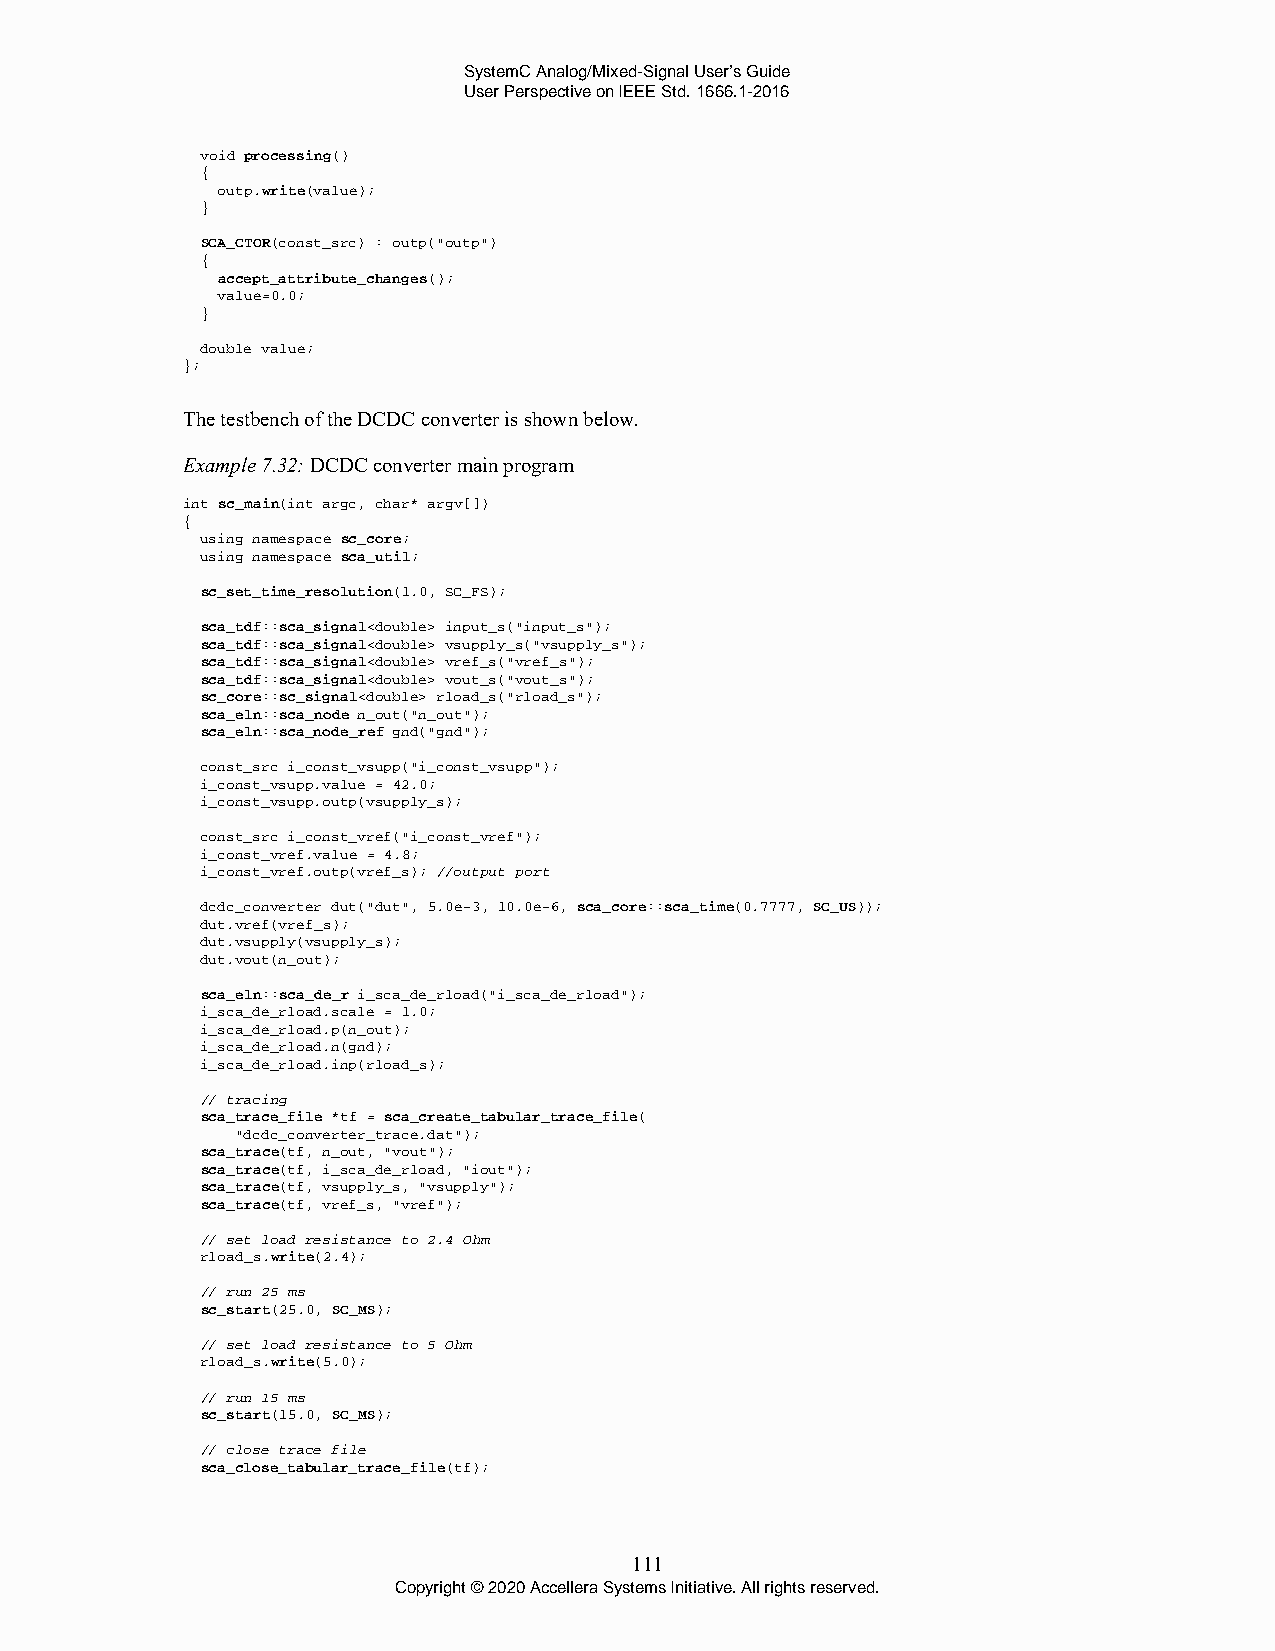
SystemC Analog/Mixed-Signal User’s Guide
 User Perspective on IEEE Std. 1666.1-2016
 void processing()
 {
 outp.write(value);
 }
 SCA_CTOR(const_src) : outp("outp")
 {
 accept_attribute_changes();
 value=0.0;
 }
 double value;
 };
 The testbench of the DCDC converter is shown below.
 Example 7.32: DCDC converter main program
 int sc_main(int argc, char* argv[])
 {
 using namespace sc_core;
 using namespace sca_util;
 sc_set_time_resolution(1.0, SC_FS);
 sca_tdf::sca_signal<double> input_s("input_s");
 sca_tdf::sca_signal<double> vsupply_s("vsupply_s");
 sca_tdf::sca_signal<double> vref_s("vref_s");
 sca_tdf::sca_signal<double> vout_s("vout_s");
 sc_core::sc_signal<double> rload_s("rload_s");
 sca_eln::sca_node n_out("n_out");
 sca_eln::sca_node_ref gnd("gnd");
 const_src i_const_vsupp("i_const_vsupp");
 i_const_vsupp.value = 42.0;
 i_const_vsupp.outp(vsupply_s);
 const_src i_const_vref("i_const_vref");
 i_const_vref.value = 4.8;
 i_const_vref.outp(vref_s); //output port
 dcdc_converter dut("dut", 5.0e-3, 10.0e-6, sca_core::sca_time(0.7777, SC_US));
 dut.vref(vref_s);
 dut.vsupply(vsupply_s);
 dut.vout(n_out);
 sca_eln::sca_de_r i_sca_de_rload("i_sca_de_rload");
 i_sca_de_rload.scale = 1.0;
 i_sca_de_rload.p(n_out);
 i_sca_de_rload.n(gnd);
 i_sca_de_rload.inp(rload_s);
 // tracing
 sca_trace_file *tf = sca_create_tabular_trace_file(
 "dcdc_converter_trace.dat");
 sca_trace(tf, n_out, "vout");
 sca_trace(tf, i_sca_de_rload, "iout");
 sca_trace(tf, vsupply_s, "vsupply");
 sca_trace(tf, vref_s, "vref");
 // set load resistance to 2.4 Ohm
 rload_s.write(2.4);
 // run 25 ms
 sc_start(25.0, SC_MS);
 // set load resistance to 5 Ohm
 rload_s.write(5.0);
 // run 15 ms
 sc_start(15.0, SC_MS);
 // close trace file
 sca_close_tabular_trace_file(tf);
 111
 Copyright © 2020 Accellera Systems Initiative. All rights reserved.